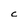
Character: C